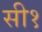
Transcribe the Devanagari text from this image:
सी१